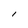
Character: l